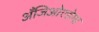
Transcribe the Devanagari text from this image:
अँजिओएडेमा